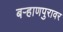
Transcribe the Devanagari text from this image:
बऱ्हाणपुरावर